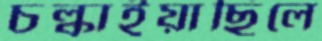
চল্‌কাইয়াছিলে